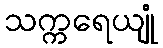
သက္ကရေယျုံ